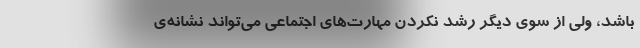
باشد، ولی از سوی دیگر رشد نکردن مهارت‌های اجتماعی می‌تواند نشانه‌ی